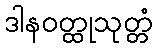
ဒါနဝတ္ထုသုတ္တံ